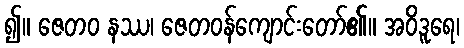
၍။ ဇေတဝ နဿ၊ ဇေတဝန်ကျောင်းတော်၏။ အဝိဒူရေ၊